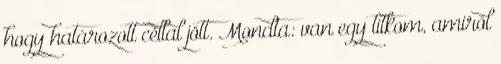
hogy határozott céllal jött. Mondta: van egy titkom, amiről